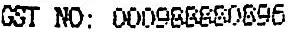
GST NO: 000988880896